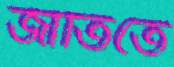
জাতিতে